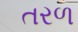
તરળ